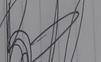
Signature authenticity: forged